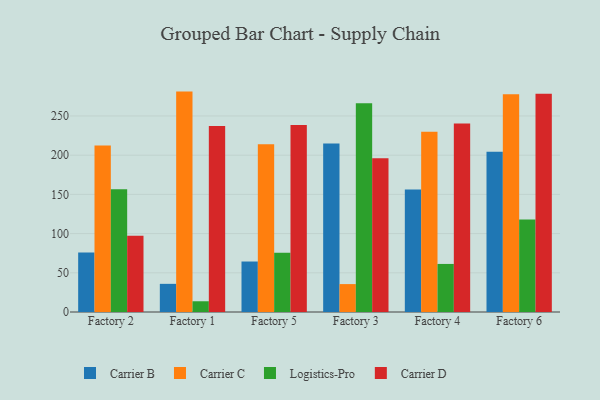
{"axis": {"x": "Factory", "y": "Backlog"}, "legend": ["Carrier B", "Carrier C", "Carrier D", "Logistics-Pro"], "data": [{"x": "Factory 2", "y": 75.8, "type": "Carrier B"}, {"x": "Factory 2", "y": 212.3, "type": "Carrier C"}, {"x": "Factory 2", "y": 156.6, "type": "Logistics-Pro"}, {"x": "Factory 2", "y": 97.1, "type": "Carrier D"}, {"x": "Factory 1", "y": 35.9, "type": "Carrier B"}, {"x": "Factory 1", "y": 281.1, "type": "Carrier C"}, {"x": "Factory 1", "y": 13.7, "type": "Logistics-Pro"}, {"x": "Factory 1", "y": 237.3, "type": "Carrier D"}, {"x": "Factory 5", "y": 64.4, "type": "Carrier B"}, {"x": "Factory 5", "y": 214.0, "type": "Carrier C"}, {"x": "Factory 5", "y": 75.5, "type": "Logistics-Pro"}, {"x": "Factory 5", "y": 238.5, "type": "Carrier D"}, {"x": "Factory 3", "y": 214.8, "type": "Carrier B"}, {"x": "Factory 3", "y": 35.6, "type": "Carrier C"}, {"x": "Factory 3", "y": 266.1, "type": "Logistics-Pro"}, {"x": "Factory 3", "y": 196.2, "type": "Carrier D"}, {"x": "Factory 4", "y": 156.2, "type": "Carrier B"}, {"x": "Factory 4", "y": 229.9, "type": "Carrier C"}, {"x": "Factory 4", "y": 61.3, "type": "Logistics-Pro"}, {"x": "Factory 4", "y": 240.5, "type": "Carrier D"}, {"x": "Factory 6", "y": 204.3, "type": "Carrier B"}, {"x": "Factory 6", "y": 277.6, "type": "Carrier C"}, {"x": "Factory 6", "y": 117.9, "type": "Logistics-Pro"}, {"x": "Factory 6", "y": 278.3, "type": "Carrier D"}]}